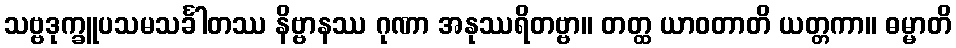
သဗ္ဗဒုက္ခူပသမသင်္ခါတဿ နိဗ္ဗာနဿ ဂုဏာ အနုဿရိတဗ္ဗာ။ တတ္ထ ယာဝတာတိ ယတ္တကာ။ ဓမ္မာတိ